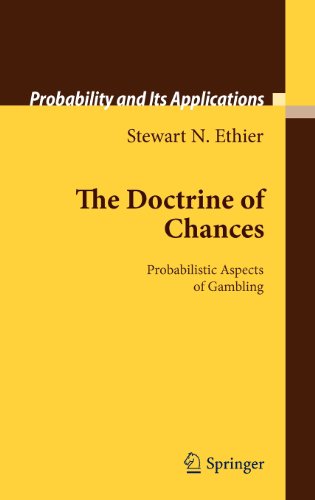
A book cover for The Doctrine of Chances: Probabilistic Aspects of Gambling (Probability and Its Applications); Stewart Ethier; Science & Math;